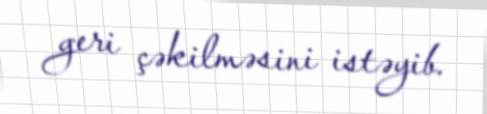
geri çəkilməsini istəyib.